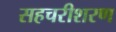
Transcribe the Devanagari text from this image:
सहचरीशरण